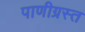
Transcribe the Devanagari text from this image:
पाणीग्रस्त